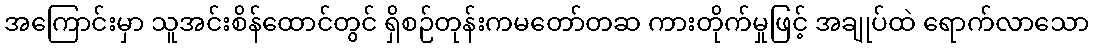
အကြောင်းမှာ သူအင်းစိန်ထောင်တွင် ရှိစဉ်တုန်းကမတော်တဆ ကားတိုက်မှုဖြင့် အချုပ်ထဲ ရောက်လာသော